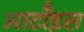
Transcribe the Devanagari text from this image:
आर्टॉइस